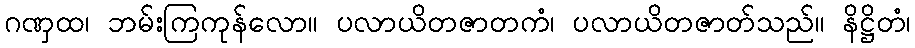
ဂဏှထ၊ ဘမ်းကြကုန်လော။ ပလာယိတဇာတကံ၊ ပလာယိတဇာတ်သည်။ နိဋ္ဌိတံ၊